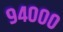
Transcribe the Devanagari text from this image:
९४०००